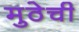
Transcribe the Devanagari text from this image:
मुठेची